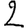
Digit: 2